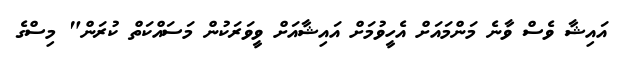
އައިޝާ ވެސް ވާނެ މަންމައަށް އެހީވުމަށް އައިޝާއަށް ވީވަރަކުން މަސައްކަތް ކުރަން" މިސްގެ